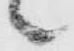
々